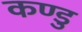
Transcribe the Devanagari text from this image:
कण्डु